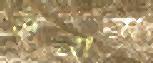
উনারা